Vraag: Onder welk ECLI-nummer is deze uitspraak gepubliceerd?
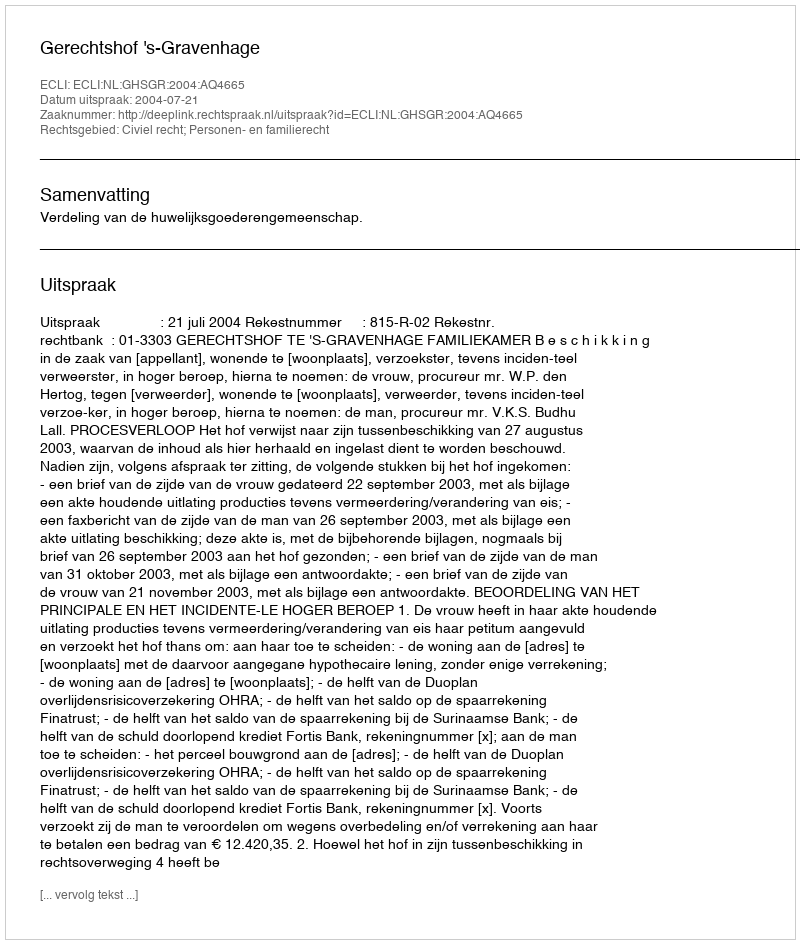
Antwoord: ECLI:NL:GHSGR:2004:AQ4665